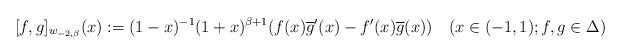
LaTeX: \begin{align*}\lbrack f,g]_{w_{-2,\beta}}(x):=(1-x)^{-1}(1+x)^{\beta+1}(f(x)\overline{g}^{\prime}(x)-f^{\prime}(x)\overline{g}(x))\quad(x\in(-1,1);f,g\in\Delta)\end{align*}